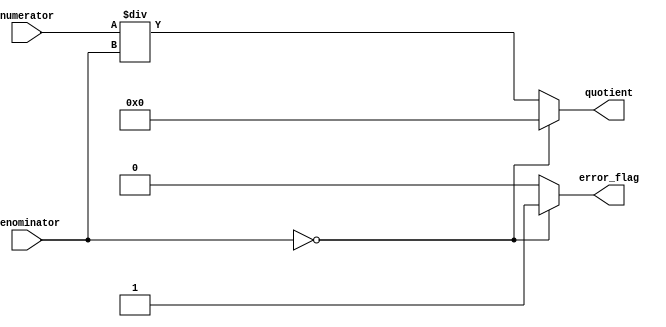
module Fractional_Divider (
    input [31:0] numerator,
    input [31:0] denominator,
    output reg [31:0] quotient,
    output reg error_flag
);

reg [31:0] remainder;
reg [31:0] temp_num;
reg [31:0] temp_denom;

always @(numerator, denominator) begin
    temp_num = numerator;
    temp_denom = denominator;
    
    if (temp_denom == 0) begin
        error_flag = 1;
        quotient = 0;
        remainder = 0;
    end
    else begin
        error_flag = 0;
        quotient = temp_num / temp_denom;
        remainder = temp_num % temp_denom;
    end
end

endmodule